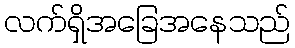
လက်ရှိအခြေအနေသည်